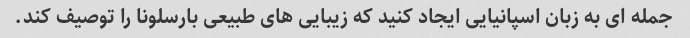
جمله ای به زبان اسپانیایی ایجاد کنید که زیبایی های طبیعی بارسلونا را توصیف کند.